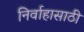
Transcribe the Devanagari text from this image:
निर्वाहासाठी